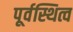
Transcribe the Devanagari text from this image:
पूर्वस्थित्व